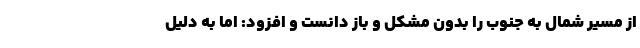
از مسیر شمال به جنوب را بدون مشکل و باز دانست و افزود: اما به دلیل